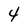
Character: 4